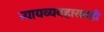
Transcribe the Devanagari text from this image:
न्यायव्यवहारातही